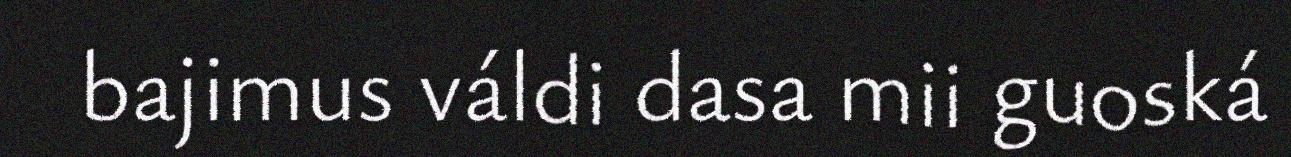
bajimus váldi dasa mii guoská